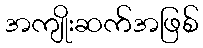
အကျိုးဆက်အဖြစ်